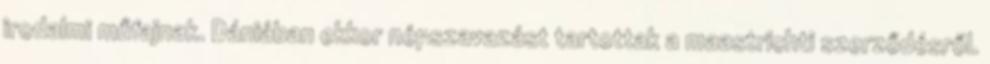
irodalmi műfajnak. Dániában ekkor népszavazást tartottak a maastrichti szerződésről.